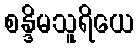
စန္ဒိမသူရိယေ